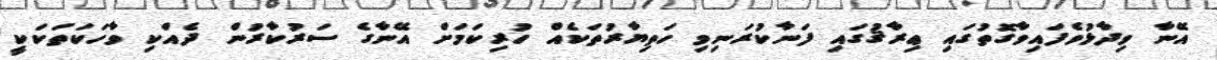
އޭނާ ވިދާޅުވެފައިވާގޮތުގައި ޢިރާޤުގައި ފަނާކުރަނިވި ހަތިޔާރުތަކެއް ހުރިކަމަށް އޭނާގެ ސަރުކާރުން ދެއްކި ވާހަކަތަކަކީ